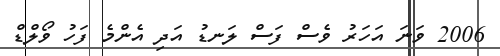
2006 ވަނަ އަހަރު ވެސް ފަސް ލަނޑު އަދި އެންމެ ފަހު ވޯލްޑް